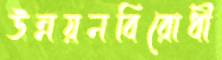
উন্নয়নবিরোধী